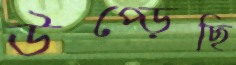
উপ্‌ড়েছি